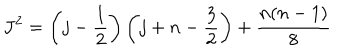
J ^ { 2 } = \left( j - \frac { 1 } { 2 } \right) \left( j + n - \frac { 3 } { 2 } \right) + \frac { n ( n - 1 ) } { 8 }